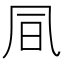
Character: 凬